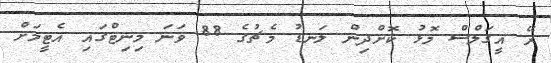
ރޭ އީގަލްސް މޮޅު ކޮށްދިން ލަނޑު މެޗުގެ 88 ވަނަ މިނިޓްގައި އެޓީމަށް